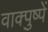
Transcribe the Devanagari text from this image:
वाक्पुष्पें